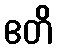
ဧတိ